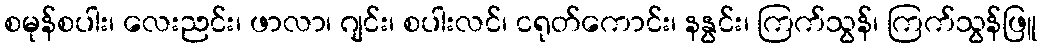
စမုန်စပါး၊ လေးညင်း၊ ဖာလာ၊ ဂျင်း၊ စပါးလင်၊ ငရုတ်ကောင်း၊ နနွင်း၊ ကြက်သွန်၊ ကြက်သွန်ဖြူ